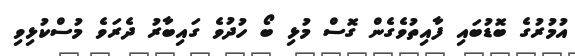
އުމުރުގެ ބޮޑުބައި ފާއިތުވެގެން ގޮސް މުޅި ބޯ ހުދުވެ ގައިބާރު ދެރަވެ މުސްކުޅިވި